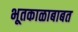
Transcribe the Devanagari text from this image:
भूतकाळाबाबत